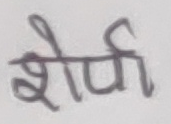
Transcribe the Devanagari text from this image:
शेर्पी